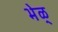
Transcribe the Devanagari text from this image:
भेळ्